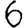
Digit: 6